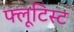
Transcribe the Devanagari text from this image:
फ्लूटिस्ट